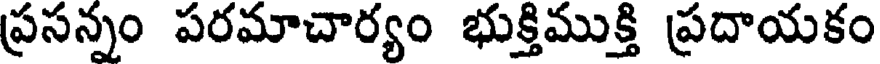
ప్రసన్నం పరమాచార్యం భుక్తిముక్తి ప్రదాయకం